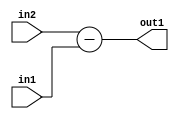
`timescale 1ps / 1ps
/*****************************************************************************
    Verilog RTL Description
    
    
    Created by: Stratus DpOpt 2019.1.01 
*******************************************************************************/

module st_weight_addr_gen_Sub_16Ux16U_17S_4_14 (
	in2,
	in1,
	out1
	); /* architecture "behavioural" */ 
input [15:0] in2,
	in1;
output [16:0] out1;
wire [16:0] asc001;

assign asc001 = 
	+(in2)
	-(in1);

assign out1 = asc001;
endmodule

/* CADENCE  ubDyQw8= : u9/ySgnWtBlWxVPRXgAZ4Og= ** DO NOT EDIT THIS LINE ******/